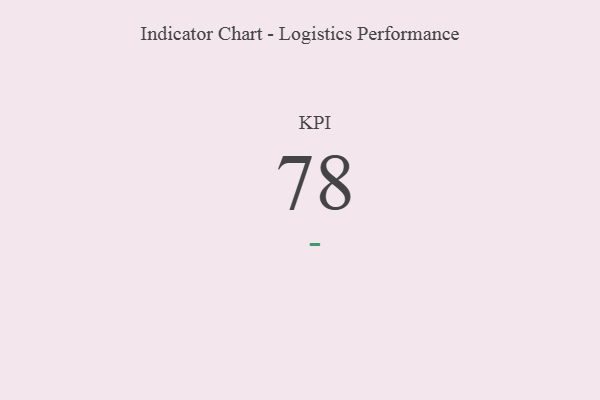
{"axis": {"x": "KPI", "y": "Value"}, "legend": [""], "data": [{"x": "KPI", "y": 78, "type": ""}]}